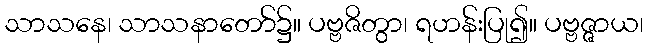
သာသနေ၊ သာသနာတော်၌။ ပဗ္ဗဇိတွာ၊ ရဟန်းပြု၍။ ပဗ္ဗဇ္ဇာယ၊